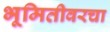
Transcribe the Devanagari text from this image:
भूमितीवरचा